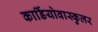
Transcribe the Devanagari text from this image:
कार्डियोवास्कुलर